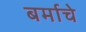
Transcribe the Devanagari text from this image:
बर्माचे